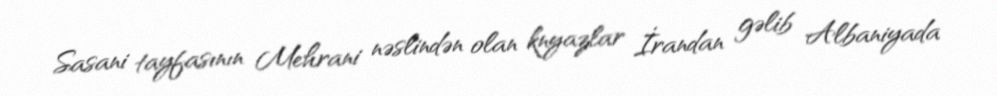
Sasani tayfasının Mehrani nəslindən olan knyazlar İrandan gəlib Albaniyada